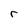
Character: r